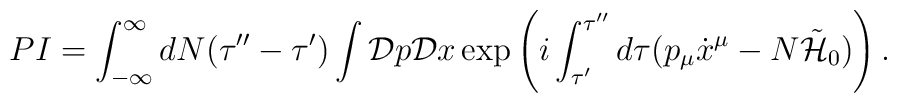
PI = \int_{-\infty}^{\infty} dN (\tau'' - \tau') \int {\cal D} p{\cal D} x \exp \left( i \int_{\tau'}^{\tau''} d \tau (p_{\mu}\dot{x}^{\mu} - N \tilde{\cal H}_0) \right).